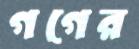
গগের